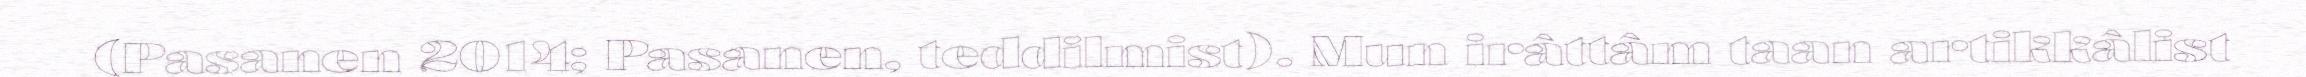
(Pasanen 2014; Pasanen, teddilmist). Mun irâttâm taan artikkâlist